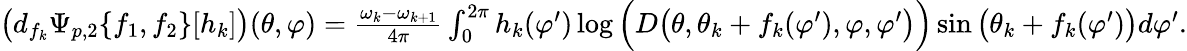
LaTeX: \begin{array}{r}{\big(d_{f_{k}}\Psi_{p,2}\{ f_{1},f_{2}\} [h_{k}]\big)(\theta,\varphi)=\frac{\omega_{k}-\omega_{k+1}}{4\pi}\int_{0}^{2\pi}h_{k}(\varphi^{\prime})\log\Big(D\big(\theta,\theta_{k}+f_{k}(\varphi^{\prime}),\varphi,\varphi^{\prime}\big)\Big)\sin\big(\theta_{k}+f_{k}(\varphi^{\prime})\big)d\varphi^{\prime}.}\end{array}